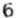
6